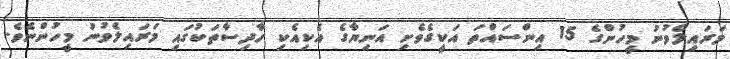
މަރައިލެވުނު މީހުންގެ 15 އިންސައްތަ އަކީގެވެށި އަނިޔާގެ އެކިއެކި ހާދިސާތަކުގައި މަރައިލެވުނު މީހުންނެވެ.